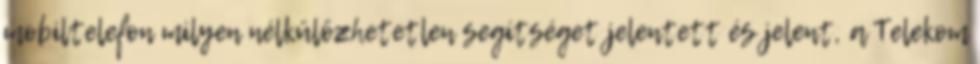
mobiltelefon milyen nélkülözhetetlen segítséget jelentett és jelent, a Telekom